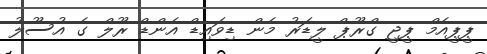
ޕީޕީއެމް ޕީޖީ ގްރޫޕް ލީޑަރު މެން ޑިވައިޑް އެންޑް ރޫލް ގެ އުސޫލު